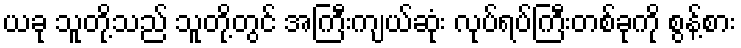
ယခု သူတို့သည် သူတို့တွင် အကြီးကျယ်ဆုံး လုပ်ရပ်ကြီးတစ်ခုကို စွန့်စား